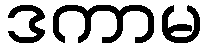
ဒကာမ